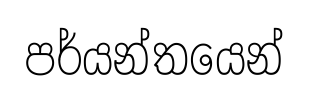
පර්යන්තයෙන්